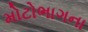
મોટોભાગના